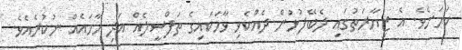
ކަމަށެވެ. އެ ޒިޔާރަތުގައި ދެބޭފުޅުން ދެއްކެވި ވާހަކައިގެ ތަފްސީލެއް އަދި ހާމައެއް ނުކުރެއެވެ.